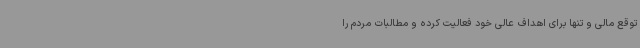
توقع مالی و تنها برای اهداف عالی خود فعالیت کرده و مطالبات مردم را